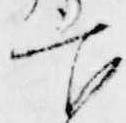
官